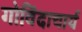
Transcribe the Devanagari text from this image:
गोविंदाचार्य